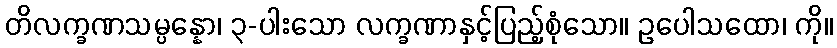
တိလက္ခဏသမ္ပန္နော၊ ၃-ပါးသော လက္ခဏာနှင့်ပြည့်စုံသော။ ဥပေါသထော၊ ကို။